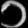
Digit: ၁